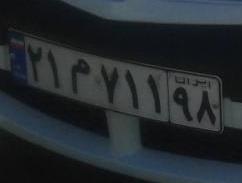
۲۱م۷۱۱۹۸